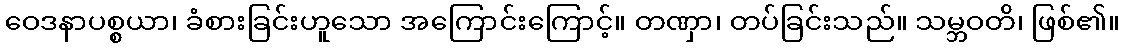
ဝေဒနာပစ္စယာ၊ ခံစားခြင်းဟူသော အကြောင်းကြောင့်။ တဏှာ၊ တပ်ခြင်းသည်။ သမ္ဘဝတိ၊ ဖြစ်၏။